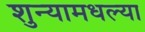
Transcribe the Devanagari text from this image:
शुन्यामधल्या